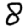
Digit: 8